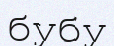
бубу